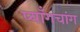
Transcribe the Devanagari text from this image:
प्याँगचांग